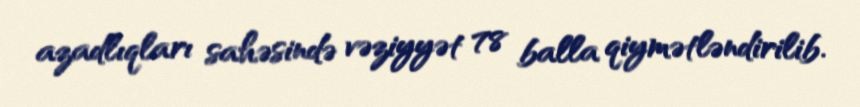
azadlıqları sahəsində vəziyyət 78 balla qiymətləndirilib.